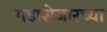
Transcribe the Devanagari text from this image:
गडाशेजारच्या